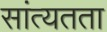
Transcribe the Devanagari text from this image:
सांत्यतता